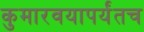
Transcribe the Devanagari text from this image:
कुमारवयापर्यंतच